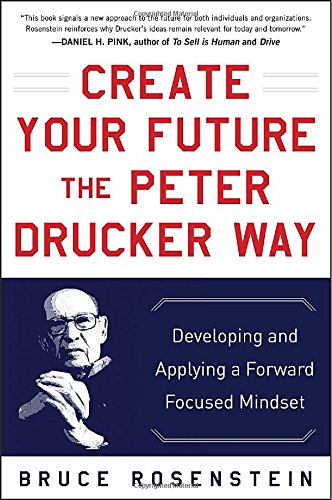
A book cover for Create Your Future the Peter Drucker Way: Developing and Applying a Forward-Focused Mindset; Bruce Rosenstein; Business & Money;